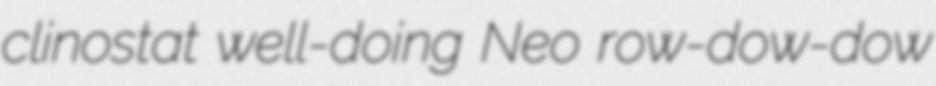
clinostat well-doing Neo row-dow-dow